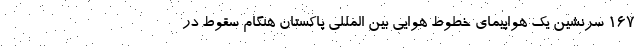
۱۶۷ سرنشین یک هواپیمای خطوط هوایی بین المللی پاکستان هنگام سقوط در